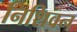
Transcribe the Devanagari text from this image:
निशिवन